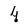
Character: 4